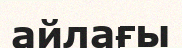
айлағы